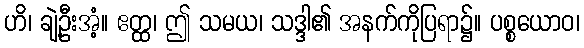
ဟိ၊ ချဲ့ဦးအံ့။ ဧတ္ထ၊ ဤ သမယ၊ သဒ္ဒါ၏ အနက်ကိုပြရာ၌။ ပစ္စယောဝ၊